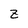
Character: z